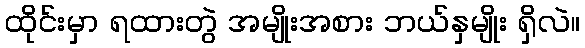
ထိုင်းမှာ ရထားတွဲ အမျိုးအစား ဘယ်နှမျိုး ရှိလဲ။